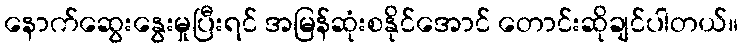
နောက်ဆွေးနွေးမှုပြီးရင် အမြန်ဆုံးစနိုင်အောင် တောင်းဆိုချင်ပါတယ်။